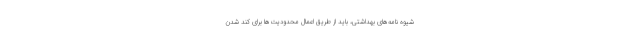
شیوه نامه‌های بهداشتی، باید از طریق اعمال محدودیت‌ها برای کند شدن